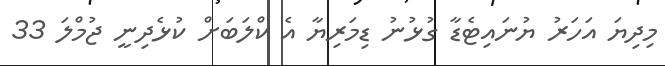
މިދިޔަ އަހަރު ޔުނައިޓެޑާ ގުޅުނު ޑިމަރިޔާ އެ ކްލަބަށް ކުޅެދިނީ ޖުމްލަ 33